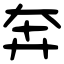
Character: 奔